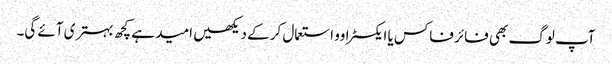
آپ لوگ بھی فائر فاکس یا ایکسٹراوو استعمال کر کے دیکھیں امید ہے کچھ بہتری آئے گی۔